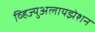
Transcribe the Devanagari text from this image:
व्हिज्युअलायझेशन